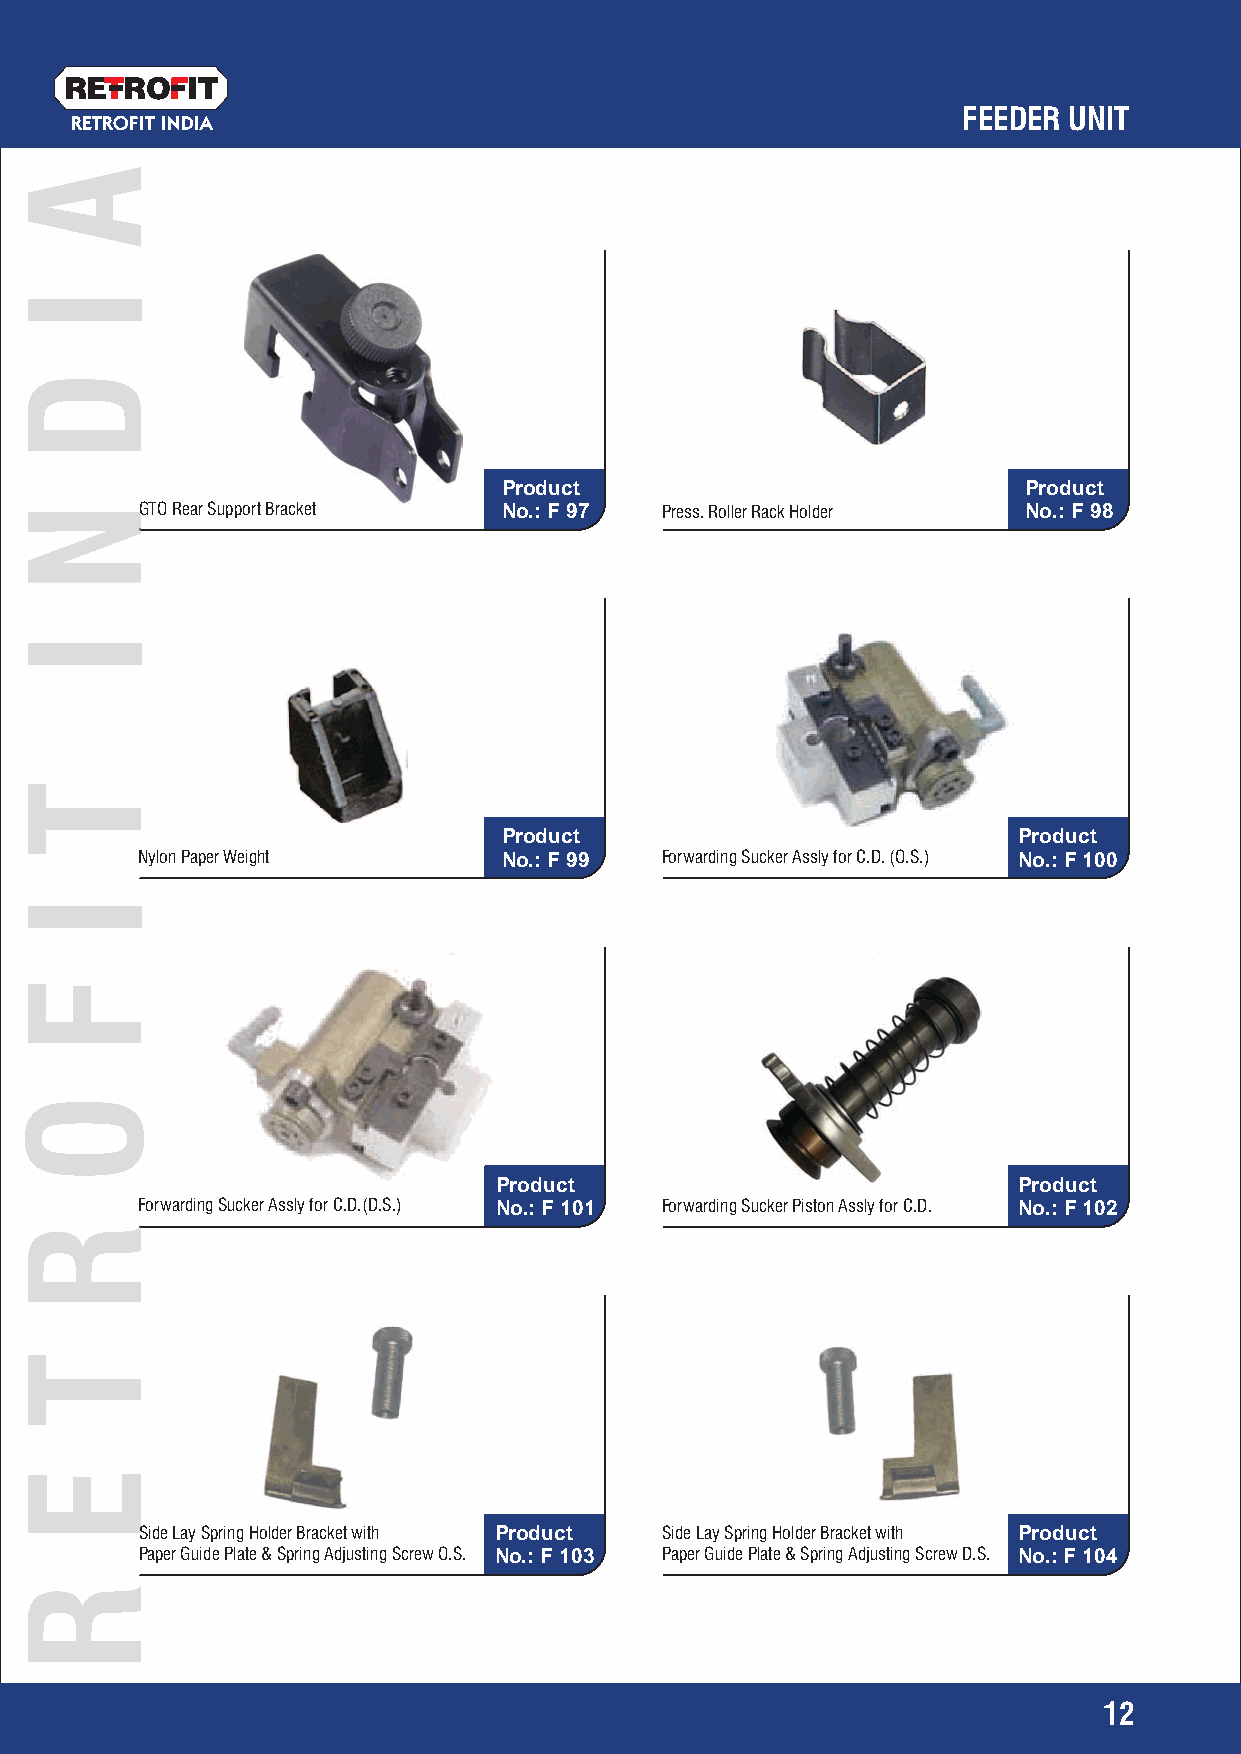
RETRO   IT
 FEEDER UNIT
 RETROFIT INDIA
 Product                            Product
 GTO Rear Support Bracket No.: F 97 Press. Roller Rack Holder No.: F 98
 Product                           Product
 Nylon Paper Weight      No.: F 99  Forwarding Sucker Assly for C.D. (O.S.) No.: F 100
 Product                           Product
 Forwarding Sucker Assly for C.D.(D.S.) No.: F 101 Forwarding Sucker Piston Assly for C.D. No.: F 102
 Side Lay Spring Holder Bracket with Product Side Lay Spring Holder Bracket with Product
 Paper Guide Plate & Spring Adjusting Screw O.S. No.: F 103 Paper Guide Plate & Spring Adjusting Screw D.S. No.: F 104
 12
 A
 I
 D
 NN
 I
 T
 I
 F
 O
 RR
 T
 E
 R